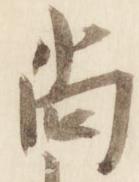
尚